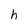
Character: h